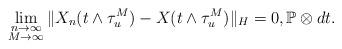
LaTeX: \begin{align*}\lim_{\substack{n\rightarrow\infty \\ M\rightarrow\infty}}\Vert X_n(t\wedge\tau_u^M) - X(t\wedge \tau_u^M ) \Vert_H = 0 , \mathbb{P}\otimes dt .\end{align*}